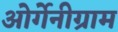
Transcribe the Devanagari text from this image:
ओर्गेनीग्राम